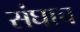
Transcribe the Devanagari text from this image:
संघाच